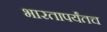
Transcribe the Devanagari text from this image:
भारतापर्यंतच